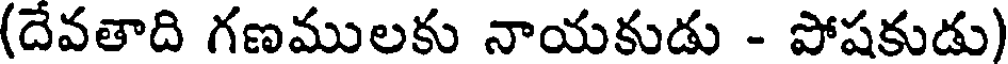
(దేవతాది గణములకు నాయకుడు - పోషకుడు)